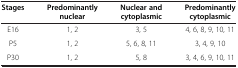
| Stages | Predominantly nuclear | Nuclear and cytoplasmic | Predominantly cytoplasmic |
 | --- | --- | --- | --- |
 | E16 | 1, 2 | 3, 5 | 4, 6, 8, 9, 10, 11 |
 | P5 | 1, 2 | 5, 6, 8, 11 | 3, 4, 9, 10 |
 | P30 | 1, 2 | 5, 8 | 3, 4, 6, 9, 10, 11 |